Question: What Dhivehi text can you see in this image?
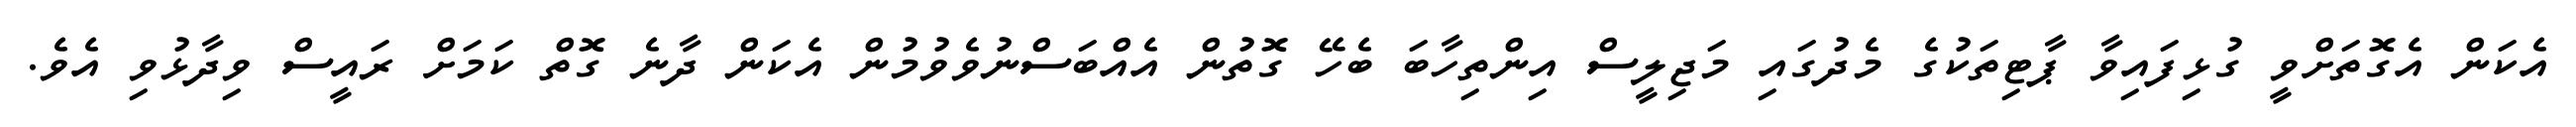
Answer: އެކަން އެގޮތަށްވީ ގުޅިފައިވާ ޕާޓިތަކުގެ މެދުގައި މަޖިލީސް އިންތިހާބަ ބެހޭ ގޮތުން އެއްބަސްނުވެވުމުން އެކަން ދާނެ ގޮތް ކަމަށް ރައީސް ވިދާޅުވި އެވެ.